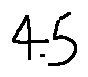
4 . 5